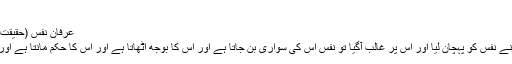
مجلس 16)
عرفانِ نفس (حقیقتِ انسان، خود شناسی)
* جس شخص نے اپنے نفس کو پہچان لیا اور اس پر غالب آگیا تو نفس اس کی سواری بن جاتا ہے اور اس کا بوجھ اُٹھاتا ہے اور اس کا حکم مانتا ہے اور مخالفت نہیں کر تا۔